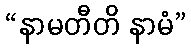
“နာမတီတိ နာမံ”